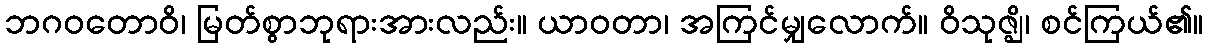
ဘဂဝတောဝိ၊ မြတ်စွာဘုရားအားလည်း။ ယာဝတာ၊ အကြင်မျှလောက်။ ဝိသုဇ္ဈိ၊ စင်ကြယ်၏။